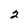
Character: 2